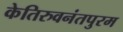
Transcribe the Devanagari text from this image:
केतिरुवनंतपुरम